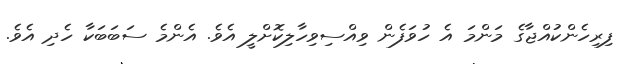
ފިރިހެންކުއްޖާގެ މަންމަ އެ ހުވަފެން ވިއްސިވިހާލިކޮށްލީ އެވެ. އެންމެ ސަބަބަކާ ހެދި އެވެ.